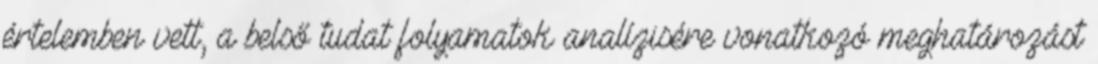
értelemben vett, a belső tudat folyamatok analízisére vonatkozó meghatározást